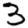
Digit: 3